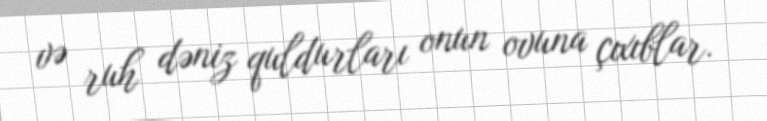
və ruh dəniz quldurları onun ovuna çıxıblar.